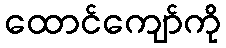
ထောင်ကျော်ကို